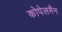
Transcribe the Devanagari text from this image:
कोपेलमैन